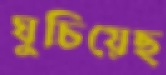
ঘুচিয়েছ